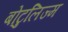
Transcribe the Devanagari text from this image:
बोटुलिज्म